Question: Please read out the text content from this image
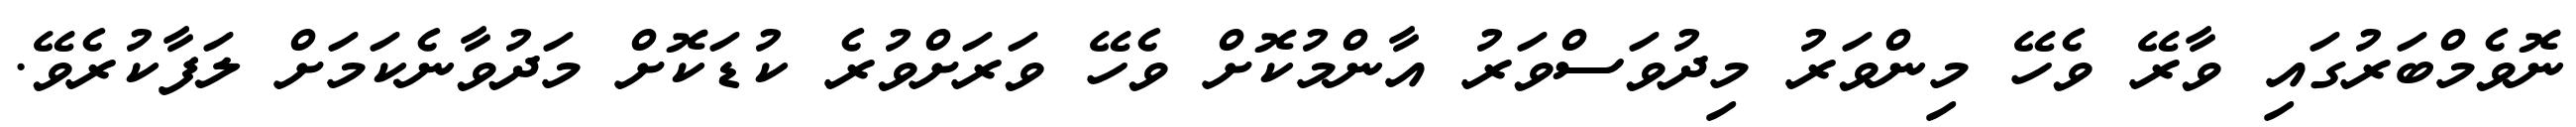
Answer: ނޮވެމްބަރުގައި ވާރޭ ވެހޭ މިންވަރު މިދުވަސްވަރު އާންމުކޮށް ވެހޭ ވަރަށްވުރެ ކުޑަކޮށް މަދުވާނެކަމަށް ލަފާކުރެވޭ.